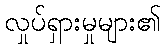
လှုပ်ရှားမှုများ၏